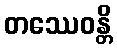
တဿေဝန္တိ